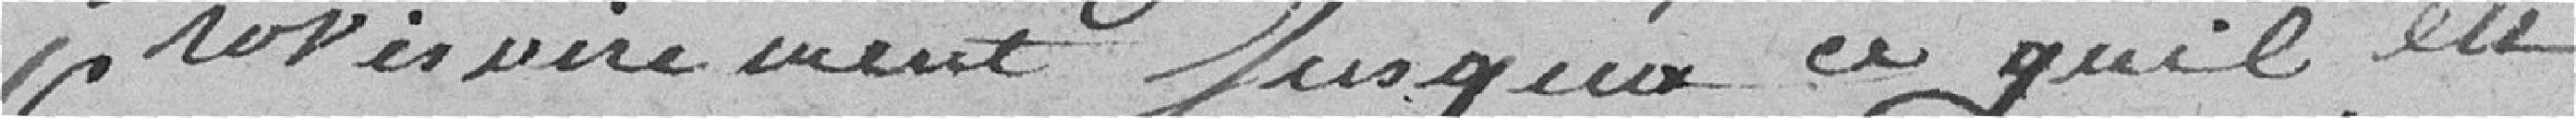
provisoirement jusqu'à ce qu'il eu